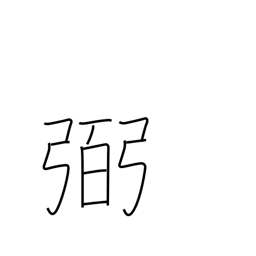
Meaning: help